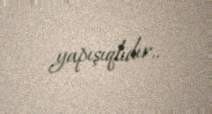
yapışıqlıdır..